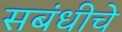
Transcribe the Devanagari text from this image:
सबंधीचे